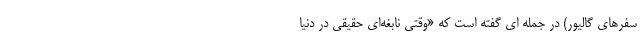
سفرهای گالیور) در جمله ای گفته است که «وقتی نابغه‌ای حقیقی در دنیا